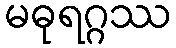
မဓုရဂ္ဂဿ